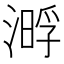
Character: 𣼔